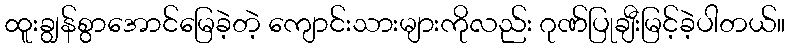
ထူးချွန်စွာအောင်မြေခဲ့တဲ့ ကျောင်းသားများကိုလည်း ဂုဏ်ပြုချီးမြင့်ခဲ့ပါတယ်။